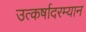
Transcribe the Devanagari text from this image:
उत्कर्षादरम्यान